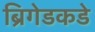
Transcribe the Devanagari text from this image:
ब्रिगेडकडे